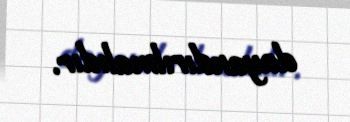
dayandırılmalıdır.